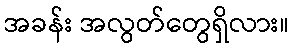
အခန်း အလွတ်တွေရှိလား။